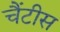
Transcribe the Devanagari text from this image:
चैंटीस